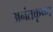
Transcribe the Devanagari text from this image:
अनंतकृष्ण